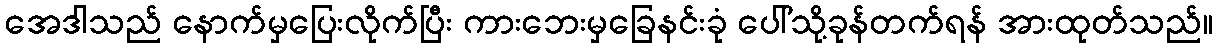
အေဒါသည် နောက်မှပြေးလိုက်ပြီး ကားဘေးမှခြေနင်းခုံ ပေါ်သို့ခုန်တက်ရန် အားထုတ်သည်။